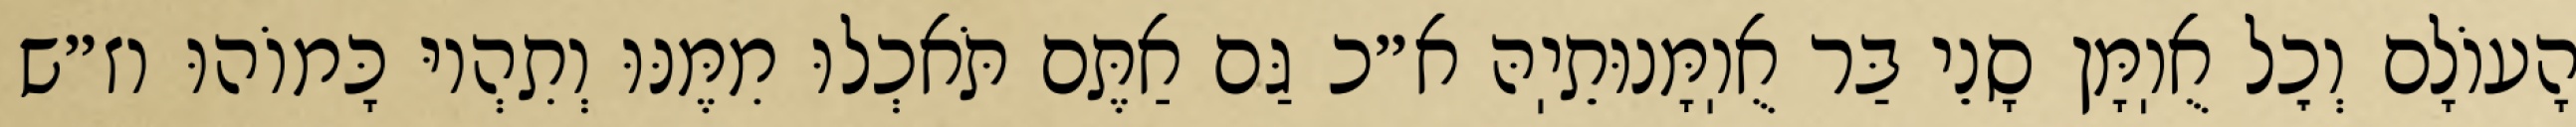
הָעוֹלָם וְכׇל אֻוֽמָּן סָנֵי בַּר אֻוֽמָּנוּתֵיֽהּ א״כ גַּם אַתֶּם תֹּאכְלוּ מִמֶּנּוּ וְתִהְיוּ כָּמוֹהוּ וז״ש